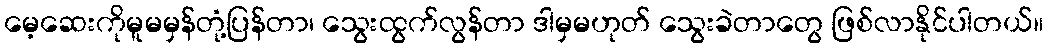
မေ့ဆေးကိုမူမမှန်တုံ့ပြန်တာ၊ သွေးထွက်လွန်တာ ဒါမှမဟုတ် သွေးခဲတာတွေ ဖြစ်လာနိုင်ပါတယ်။